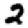
Digit: 2